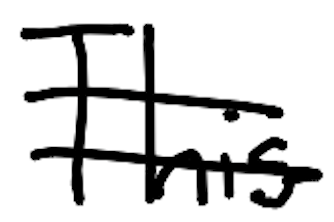
Text: This
Cross-out: double-line
Writing tool: digital_black